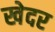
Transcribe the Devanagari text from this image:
खेदर